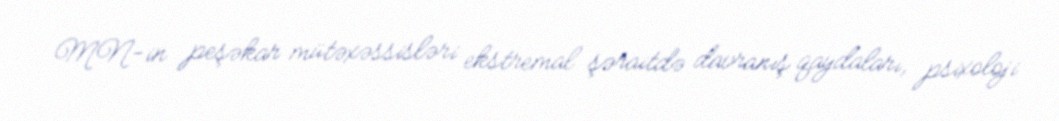
MN-in peşəkar mütəxəssisləri ekstremal şəraitdə davranış qaydaları, psixoloji